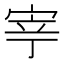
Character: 𭓳